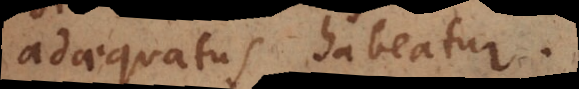
adaequatus habeatur.